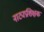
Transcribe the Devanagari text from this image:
नाट्यप्रशिक्षक